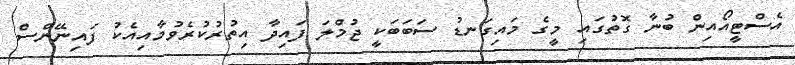
އެސްޓީއޯއިން ބުނާ ގޮތުގައި މީގެ މައިގަނޑު ސަބަބަކީ ޖުމްލަ ފައިދާ އިތުރުކުރެވުމާއިއެކު ފައިނޭންސް